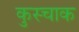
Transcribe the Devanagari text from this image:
कुस्चाक